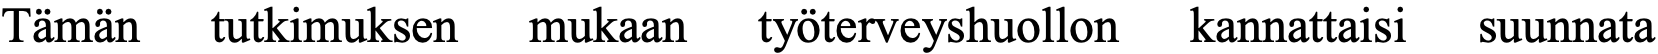
Tämän  tutkimuksen mukaan työterveyshuollon kannattaisi suunnata